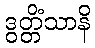
ဒွတ္တိံသာနိ